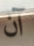
آن